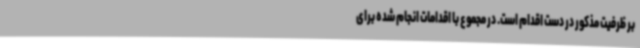
بر ظرفیت مذکور در دست اقدام است. در مجموع با اقدامات انجام شده برای